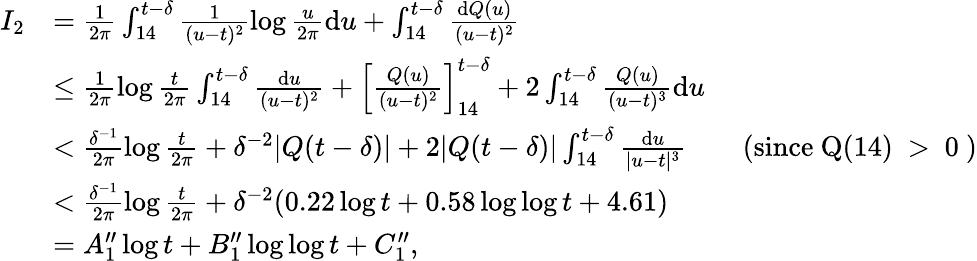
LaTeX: \begin{array}{rl}{I_{2}}&{=\frac{1}{2\pi}\int_{14}^{t-\delta}\frac{1}{(u-t)^{2}}\log\frac{u}{2\pi}\mathrm{d}u+\int_{14}^{t-\delta}\frac{\mathrm{d}Q(u)}{(u-t)^{2}}}\\ &{\le\frac{1}{2\pi}\log\frac{t}{2\pi}\int_{14}^{t-\delta}\frac{\mathrm{d}u}{(u-t)^{2}}+\left[\frac{Q(u)}{(u-t)^{2}}\right]_{14}^{t-\delta}+2\int_{14}^{t-\delta}\frac{Q(u)}{(u-t)^{3}}\mathrm{d}u}\\ &{<\frac{\delta^{-1}}{2\pi}\log\frac{t}{2\pi}+\delta^{-2}|Q(t-\delta)|+2|Q(t-\delta)|\int_{14}^{t-\delta}\frac{\mathrm{d}u}{|u-t|^{3}}\qquad\mathrm{(since~Q(14)~>~0~)}}\\ &{<\frac{\delta^{-1}}{2\pi}\log\frac{t}{2\pi}+\delta^{-2}(0.22\log t+0.58\log\log t+4.61)}\\ &{=A_{1}^{\prime\prime}\log t+B_{1}^{\prime\prime}\log\log t+C_{1}^{\prime\prime},}\end{array}